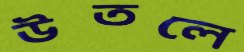
উতলে